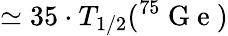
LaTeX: \simeq 35\cdot T_{1/2}(^{75}\mathrm{~G~e~})